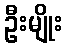
ဦးမျိုး